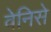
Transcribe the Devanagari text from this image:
वेनिसे